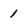
Character: 1